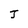
Character: J